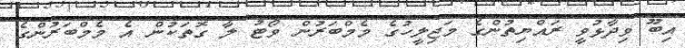
އިބޫ ވިދާޅުވީ ރައްޔިތުންގެ މަޖިލީހުގެ މެމްބަރުން ވޯޓު ލާ ގޮތަކުން އެ މެމްބަރުންގެ